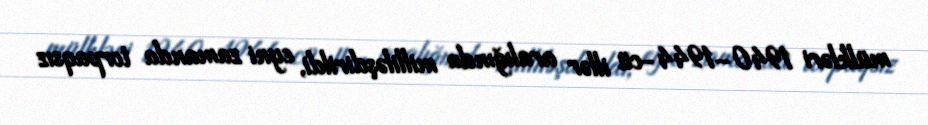
mülkləri 1940–1944-cü illər aralığında milliləşdirildi, eyni zamanda torpaqsız